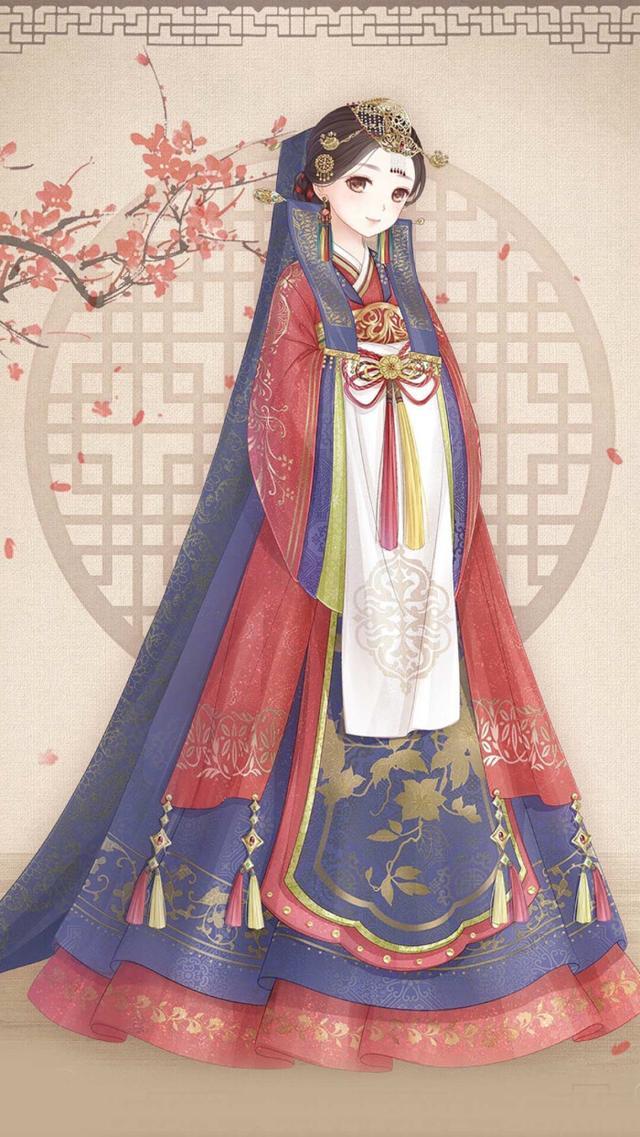
东风吹落战尘沙，梦想西湖处士家。